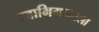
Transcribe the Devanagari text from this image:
स्वाभिमानाला